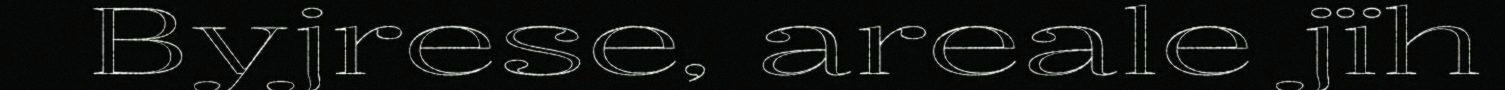
Byjrese, areale jïh